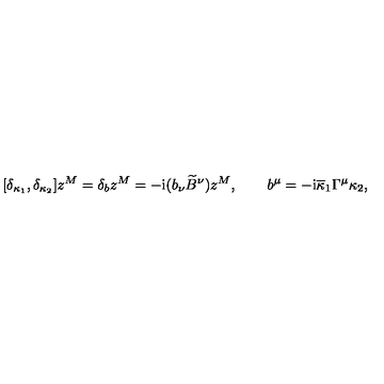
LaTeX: [ \delta _ { \kappa _ { 1 } } , \delta _ { \kappa _ { 2 } } ] z ^ { M } = \delta _ { b } z ^ { M } = - \mathrm { i } ( b _ { \nu } { \widetilde B } ^ { \nu } ) z ^ { M } , \qquad b ^ { \mu } = - \mathrm { i } { \overline { \kappa } } _ { 1 } \Gamma ^ { \mu } \kappa _ { 2 } ,